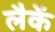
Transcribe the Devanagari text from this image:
लैकें